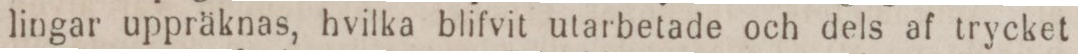
lingar uppräknas, hvilka blifvit utarbetade och dels af trycket